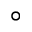
^ { \circ }